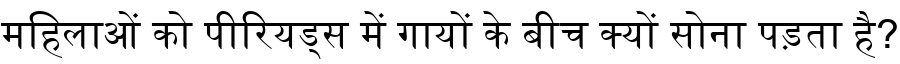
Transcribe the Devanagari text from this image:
महिलाओं को पीरियड्स में गायों के बीच क्यों सोना पड़ता है?